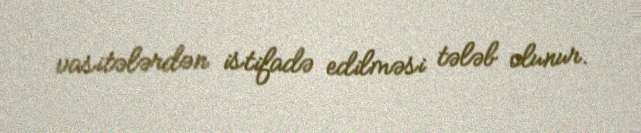
vasitələrdən istifadə edilməsi tələb olunur.